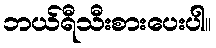
ဘယ်ရီသီးစားပေးပါ။